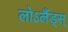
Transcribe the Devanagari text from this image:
लोऽलैंड्स्